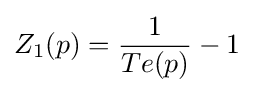
Z_{1}(p)={\frac {1}{Te(p)}}-1